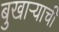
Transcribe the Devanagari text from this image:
बुखार्‍याची